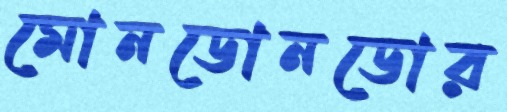
মোনডোনডোর